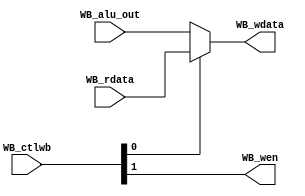
`ifndef _writeback_v_
`define _writeback_v_
`endif

module writeback(WB_ctlwb, WB_rdata, WB_alu_out, WB_wen, WB_wdata);

  input wire [1:0] WB_ctlwb;
  input wire [31:0] WB_rdata, WB_alu_out;
  
  output wire WB_wen;
  output wire [31:0] WB_wdata;

  wire WB_lw = WB_ctlwb[0];
  
  assign WB_wen = WB_ctlwb[1];
  
  assign WB_wdata = (WB_lw) ? (WB_rdata) : (WB_alu_out);

endmodule